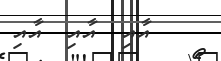
އާއި  އާއި  އާއި